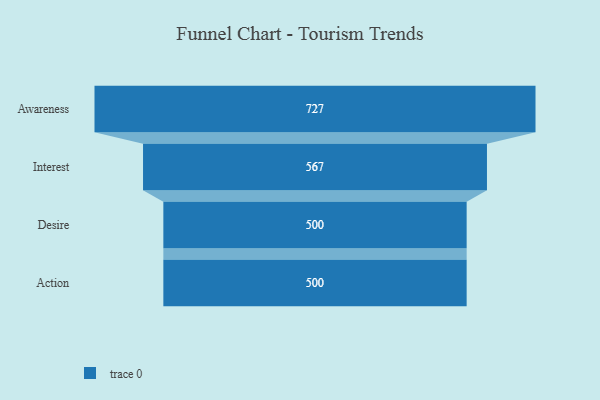
{"axis": {"x": "Stage", "y": "Value"}, "legend": [""], "data": [{"x": "Awareness", "y": 727.0, "type": ""}, {"x": "Interest", "y": 567.0, "type": ""}, {"x": "Desire", "y": 500, "type": ""}, {"x": "Action", "y": 500, "type": ""}]}